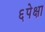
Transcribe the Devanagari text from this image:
६पेक्षा